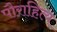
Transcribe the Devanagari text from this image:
पौराहित्य